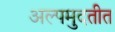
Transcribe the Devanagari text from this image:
अल्पमुदतीत